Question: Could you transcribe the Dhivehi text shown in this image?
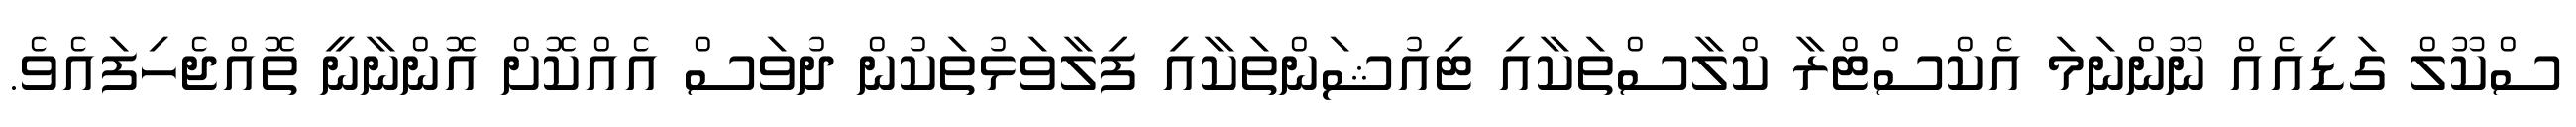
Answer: ސްކޫލް ގަޑިއެއް ނޫންނަމަ އެކްސްޓްރާ ކްލާސްތަކާއި ޓިއުޝަންތަކާއި ފިލާވަޅުތަކުން ދުވަސް އެއްކޮށް އޮންނާނީ ތޮއްޖެހިފައެވެ.